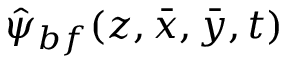
\hat { \psi } _ { b f } ( z , \bar { x } , \bar { y } , t )